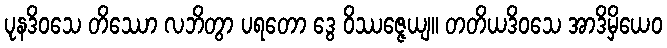
ပုနဒိဝသေ တိဿော လဘိတွာ ပရတော ဒွေ ဝိဿဇ္ဇေယျ။ တတိယဒိဝသေ အာဒိမှိယေဝ